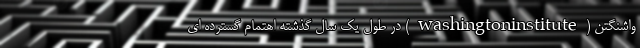
واشنگتن (washingtoninstitute) در طول یک سال گذشته اهتمام گسترده ای